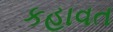
કહાવત